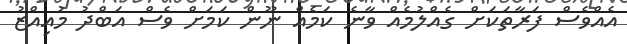
އެއްވެސް ފަރާތަކަށް ގެއްލުމެއް ވާނެ ކަމެއް ނޫން ކަމަށް ވެސް އަބްދު މުއިއްޒު